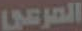
المرعي